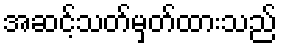
အဆင့်သတ်မှတ်ထားသည်